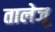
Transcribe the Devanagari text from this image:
तालेजू